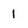
Character: 1